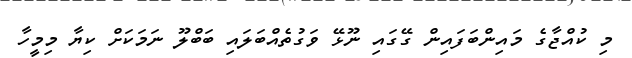
މި ކުއްޖާގެ މައިންބަފައިން ގޭގައި ނޫޅޭ ވަގުތެއްބަލައި ބަބްލޫ ނަމަކަށް ކިޔާ މިމީހާ